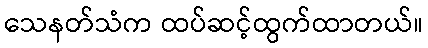
သေနတ်သံက ထပ်ဆင့်ထွက်ထာတယ်။